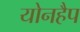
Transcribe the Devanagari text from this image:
योनहैप